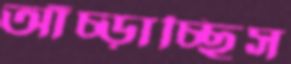
আঁচ্‌ড়াচ্ছিস